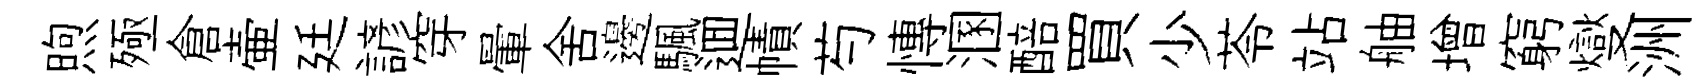
煦殛倉壷廷諺穿暈舍邊颿逥幘芍慱溷醅買少苓站舳增窮燮洲